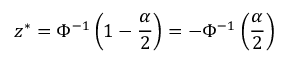
z ^ { * } = \Phi ^ { - 1 } \left( 1 - { \frac { \alpha } { 2 } } \right) = - \Phi ^ { - 1 } \left( { \frac { \alpha } { 2 } } \right)